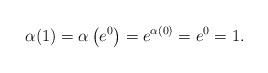
LaTeX: \begin{align*}\alpha(1) = \alpha\left( e^0 \right) = e^{\alpha(0)} = e^0 = 1.\end{align*}